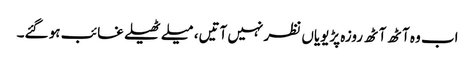
اب وہ آٹھ آٹھ روزہ پڑیویاں نظر نہیں آتیں، میلے ٹھیلے غائب ہو گئے۔